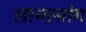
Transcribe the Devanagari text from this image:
लान्तसांग